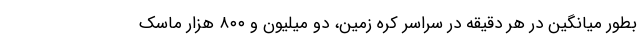
بطور میانگین در هر دقیقه در سراسر کره زمین، دو میلیون و ۸۰۰ هزار ماسک